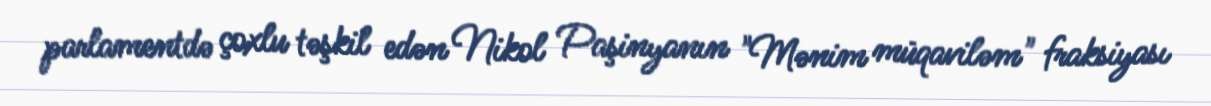
parlamentdə çoxlu təşkil edən Nikol Paşinyanın "Mənim müqaviləm" fraksiyası